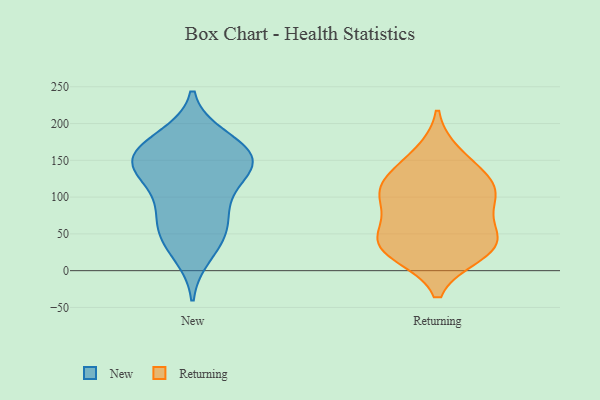
{"axis": {"x": "Temperature (°C)", "y": "Value"}, "legend": ["New", "Returning"], "data": [{"x": "", "y": 150, "type": "New"}, {"x": "", "y": 181, "type": "New"}, {"x": "", "y": 134, "type": "New"}, {"x": "", "y": 62, "type": "New"}, {"x": "", "y": 40, "type": "New"}, {"x": "", "y": 77, "type": "New"}, {"x": "", "y": 148, "type": "New"}, {"x": "", "y": 142, "type": "New"}, {"x": "", "y": 168, "type": "New"}, {"x": "", "y": 175, "type": "New"}, {"x": "", "y": 115, "type": "New"}, {"x": "", "y": 152, "type": "New"}, {"x": "", "y": 145, "type": "New"}, {"x": "", "y": 22, "type": "New"}, {"x": "", "y": 91, "type": "New"}, {"x": "", "y": 52, "type": "New"}, {"x": "", "y": 110, "type": "Returning"}, {"x": "", "y": 158, "type": "Returning"}, {"x": "", "y": 70, "type": "Returning"}, {"x": "", "y": 99, "type": "Returning"}, {"x": "", "y": 110, "type": "Returning"}, {"x": "", "y": 23, "type": "Returning"}, {"x": "", "y": 33, "type": "Returning"}, {"x": "", "y": 40, "type": "Returning"}, {"x": "", "y": 30, "type": "Returning"}, {"x": "", "y": 137, "type": "Returning"}, {"x": "", "y": 109, "type": "Returning"}, {"x": "", "y": 44, "type": "Returning"}]}